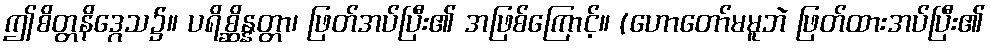
ဤစိတ္တနိဒ္ဂေသ၌။ ပရိစ္ဆိန္နတ္တာ၊ ဖြတ်အပ်ပြီး၏ အဖြစ်ကြောင့်။ (ဟောတော်မမူဘဲ ဖြတ်ထားအပ်ပြီး၏